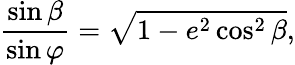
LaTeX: {\frac{\sin\beta}{\sin\varphi}}={\sqrt{1-e^{2}\cos^{2}\beta}},